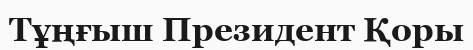
Тұңғыш Президент Қоры